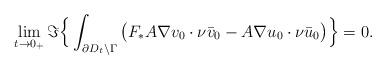
LaTeX: \begin{align*}\lim_{t \to 0_+} \Im\Big\{ \int_{\partial D_t \setminus \Gamma} \big( F_*A \nabla v_0 \cdot \nu \bar v_0 - A \nabla u_0 \cdot \nu \bar u_0 \big) \Big\}= 0. \end{align*}